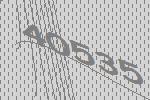
40535